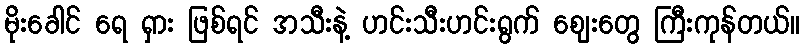
မိုးခေါင် ရေ ရှား ဖြစ်ရင် အသီးနဲ့ ဟင်းသီးဟင်းရွက် ဈေးတွေ ကြီးကုန်တယ်။